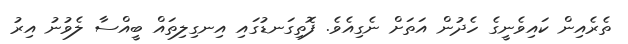
ތެރެއިން ކައިވެނީގެ ހެދުން އަތަށް ނެގިއެވެ. ފޮތިގަނޑުގައި އިނގިލިތައް ބީއްސާ ލެވުނު އިރު